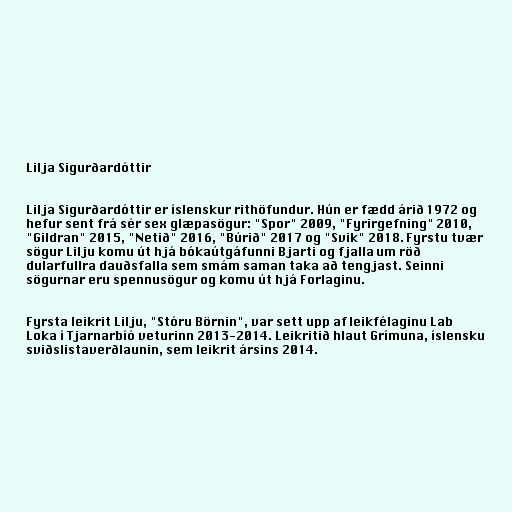
Lilja Sigurðardóttir

Lilja Sigurðardóttir er íslenskur rithöfundur. Hún er fædd árið 1972 og
hefur sent frá sér sex glæpasögur: "Spor" 2009, "Fyrirgefning" 2010,
"Gildran" 2015, "Netið" 2016, "Búrið" 2017 og "Svik" 2018. Fyrstu tvær
sögur Lilju komu út hjá bókaútgáfunni Bjarti og fjalla um röð
dularfullra dauðsfalla sem smám saman taka að tengjast. Seinni
sögurnar eru spennusögur og komu út hjá Forlaginu.

Fyrsta leikrit Lilju, "Stóru Börnin", var sett upp af leikfélaginu Lab
Loka í Tjarnarbíó veturinn 2013-2014. Leikritið hlaut Grímuna, íslensku
sviðslistaverðlaunin, sem leikrit ársins 2014.